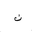
Letter: _non